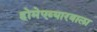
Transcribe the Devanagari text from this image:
होमेएव्‍यारवाला